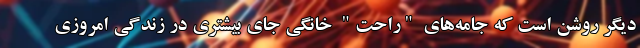
دیگر روشن است که جامه‌های "راحت" خانگی جای بیشتری در زندگی امروزی